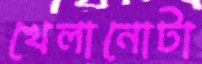
খেলানোটা